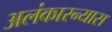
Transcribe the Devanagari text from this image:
अलंकारन्यास